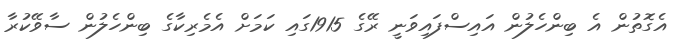
އެގޮތުން އެ ބިންހެލުން އައިސްފައިވަނީ ރޭގެ 1915ގައި ކަމަށް އެމެރިކާގެ ބިންހެލުން ސާވޭކުރާ